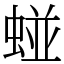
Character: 䗒